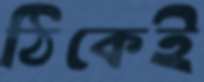
ঠিকেই